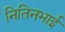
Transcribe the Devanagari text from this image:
नितिनभाई